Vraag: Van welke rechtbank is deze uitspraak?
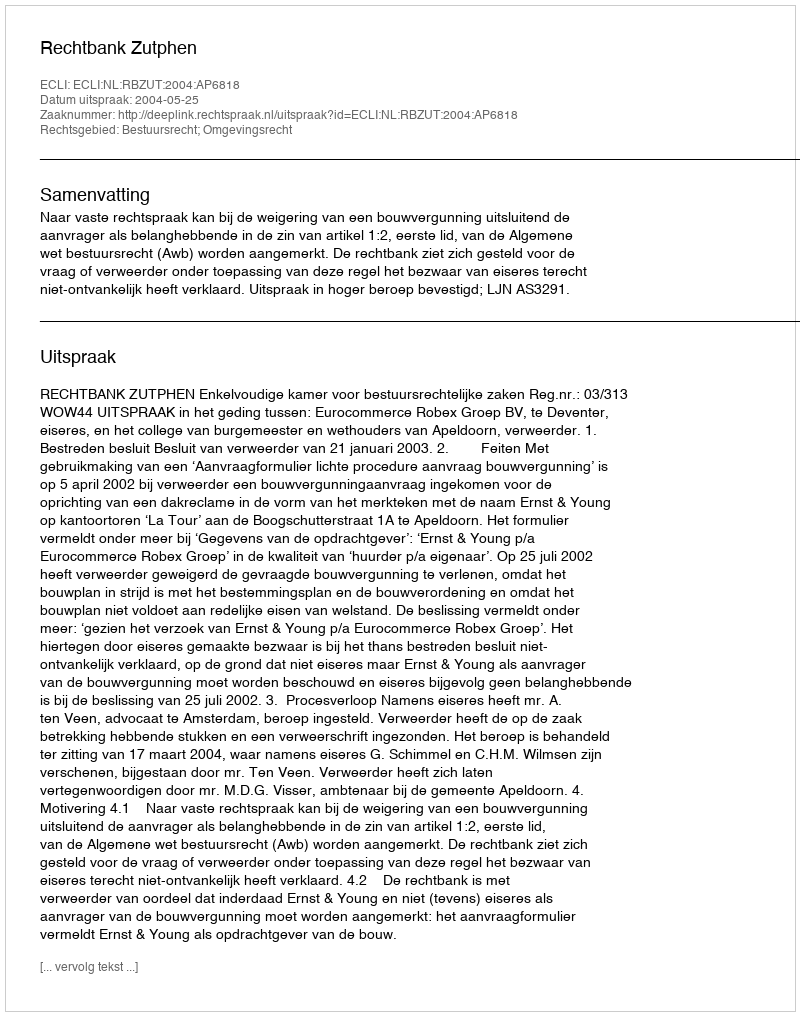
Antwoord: Rechtbank Zutphen